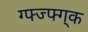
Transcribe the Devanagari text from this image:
ग्फ्ज्फ्ग्क